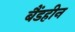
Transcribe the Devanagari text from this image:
बैंडहीन